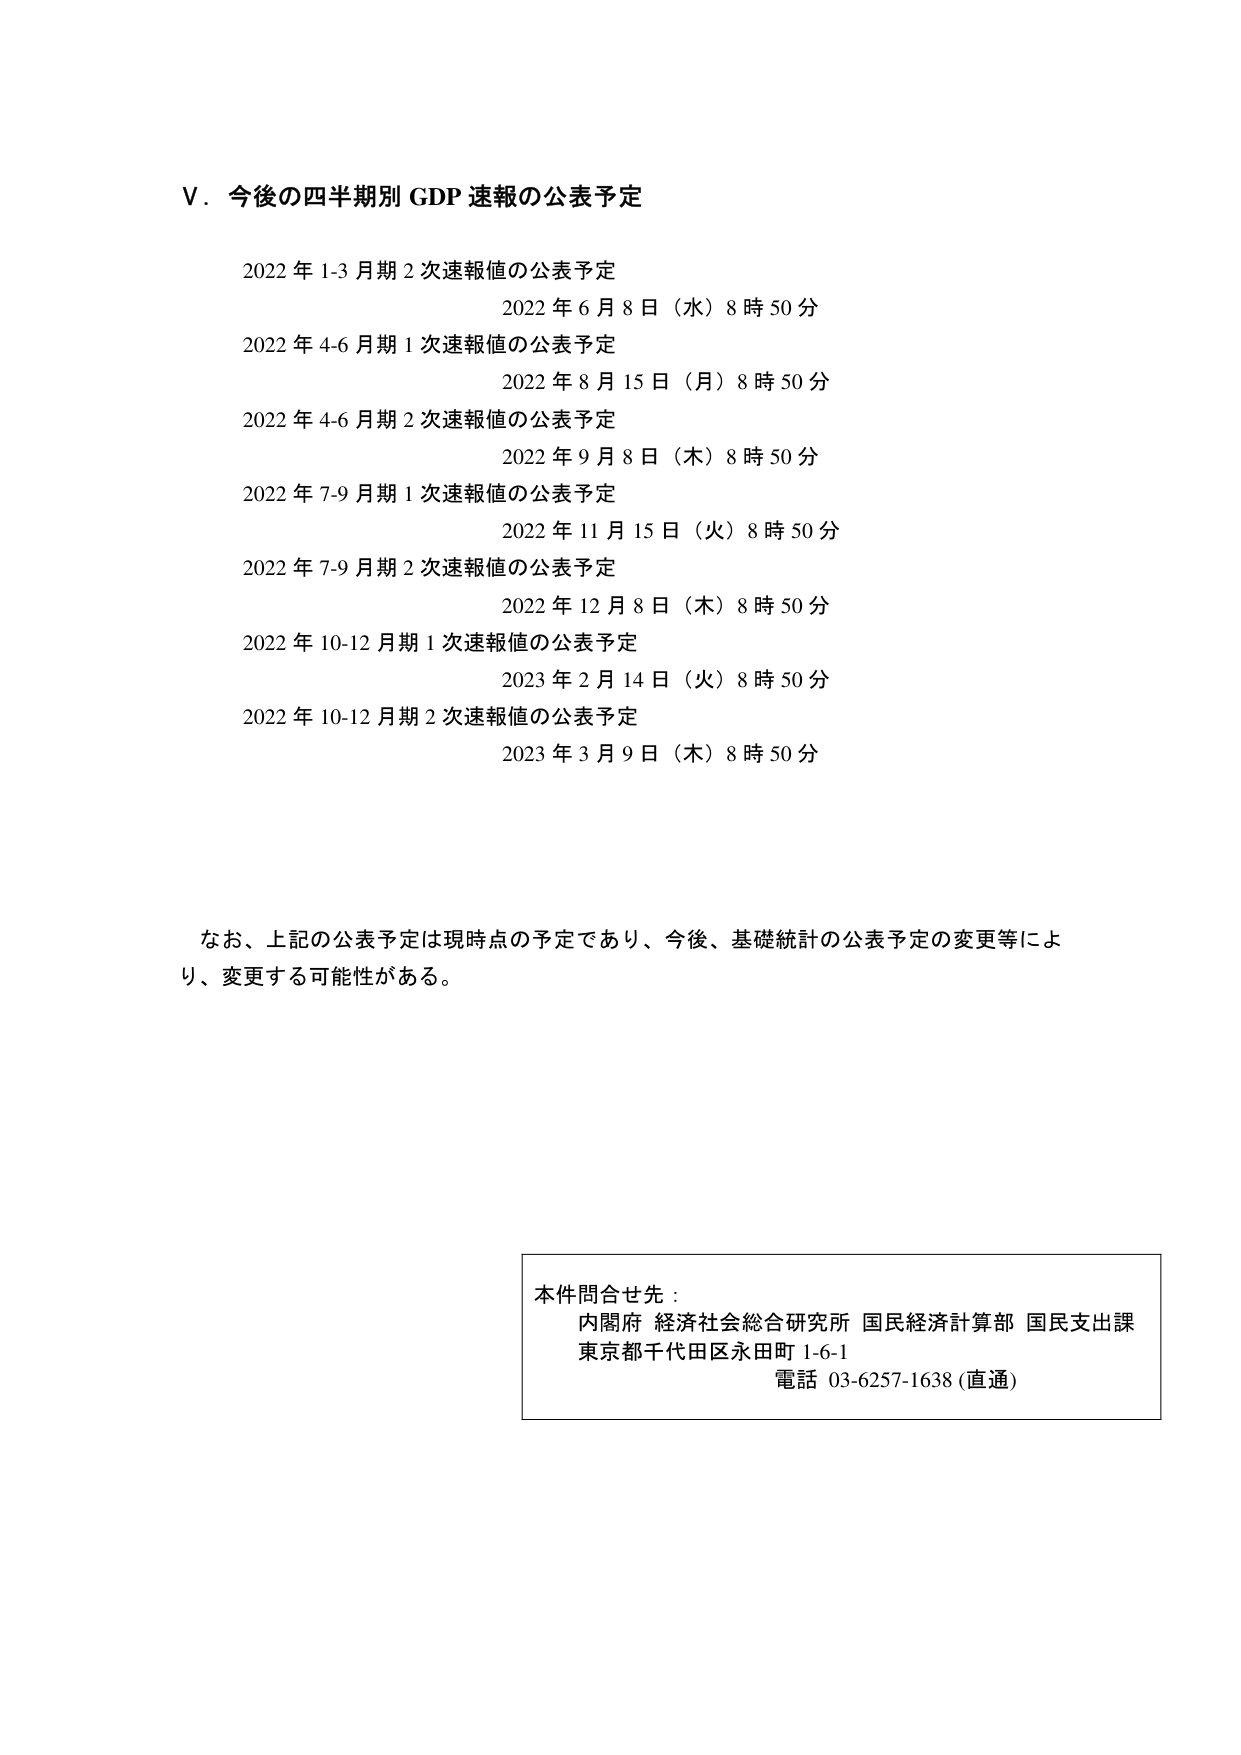
V．今後の四半期別 GDP 速報の公表予定

2022 年 1-3 月期 2 次速報値の公表予定
2022 年 6 月 8 日（水）8 時 50 分

2022 年 4-6 月期 1 次速報値の公表予定
2022 年 8 月 15 日（月）8 時 50 分

2022 年 4-6 月期 2 次速報値の公表予定
2022 年 9 月 8 日（木）8 時 50 分

2022 年 7-9 月期 1 次速報値の公表予定
2022 年 11 月 15 日（火）8 時 50 分

2022 年 7-9 月期 2 次速報値の公表予定
2022 年 12 月 8 日（木）8 時 50 分

2022 年 10-12 月期 1 次速報値の公表予定
2023 年 2 月 14 日（火）8 時 50 分

2022 年 10-12 月期 2 次速報値の公表予定
2023 年 3 月 9 日（木）8 時 50 分

なお、上記の公表予定は現時点の予定であり、今後、基礎統計の公表予定の変更等により、変更する可能性がある。

本件問合せ先：
内閣府 経済社会総合研究所 国民経済計算部 国民支出課
東京都千代田区永田町 1-6-1
電話 03-6257-1638 (直通)